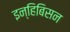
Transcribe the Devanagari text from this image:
इन्हिबिसन